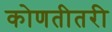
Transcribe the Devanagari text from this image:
कोणतीतरी